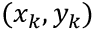
( x _ { k } , y _ { k } )